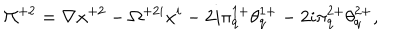
\Pi ^ { + 2 } = \nabla x ^ { + 2 } - \Omega ^ { + 2 i } x ^ { i } - 2 i \pi _ { q } ^ { 1 + } \theta _ { q } ^ { 1 + } - 2 i \pi _ { q } ^ { 2 + } \theta _ { q } ^ { 2 + } ,